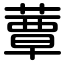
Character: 蕈